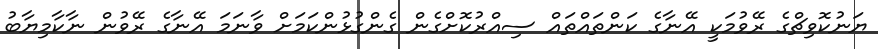
ޔަނުކޮވިޗްގެ ރޭވުމަކީ އޭނާގެ ކަންތައްތައް ސިއްރުކޮށްގެން ގެންގުޅުންކަމަށް ވާނަމަ އޭނާގެ ރޭވުން ނާކާމިޔާބު